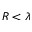
R < \lambda